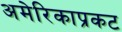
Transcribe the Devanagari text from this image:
अमेरिकाप्रकट